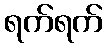
ရက်ရက်